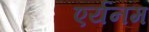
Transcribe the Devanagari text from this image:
एर्यनम